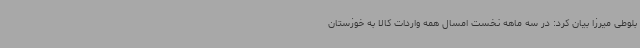
بلوطی میرزا بیان کرد: در سه ماهه نخست امسال همه واردات کالا به خوزستان